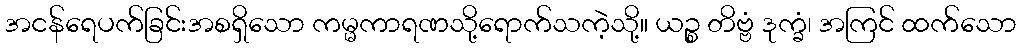
အငန်ရေပက်ခြင်းအစရှိသော ကမ္မကာရဏသို့ရောက်သကဲ့သို့။ ယဉ္စ တိဗ္ဗံ ဒုက္ခံ၊ အကြင် ထက်သော